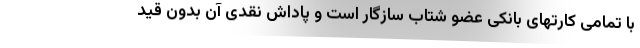
با تمامی کارتهای بانکی عضو شتاب سازگار است و پاداش نقدی آن بدون قید